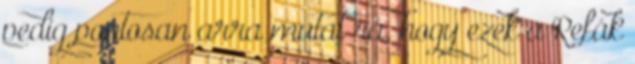
pedig pontosan arra mutat rá, hogy ezek a Refák